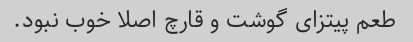
طعم پیتزای گوشت و قارچ اصلا خوب نبود.